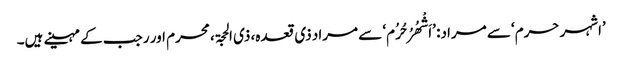
’اشہر حرم‘ سے مراد: ’اَشْھُرُ حُرُم‘ سے مراد ذی قعدہ، ذی الحجۃ، محرم اور رجب کے مہینے ہیں۔